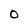
Character: 0